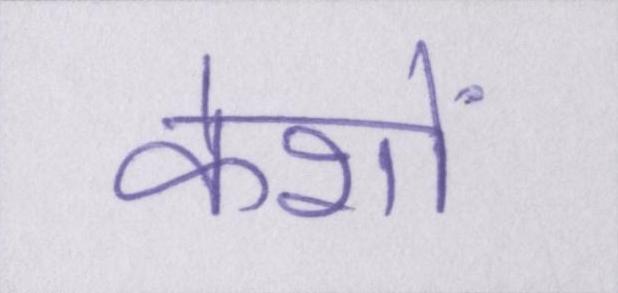
केशों